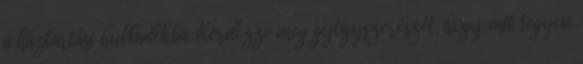
a háztartási hulladékba. Kérdezze meg gyógyszerészét, hogy mit tegyen